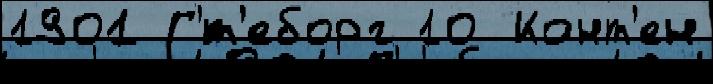
1901 Г'́т'еборг 10 Конт'ен